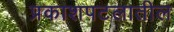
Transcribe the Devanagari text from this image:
प्रकाशपटलातील